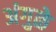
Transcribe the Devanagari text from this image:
अंगुळे